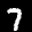
Label: 7